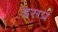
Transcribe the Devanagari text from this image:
इसप्र